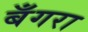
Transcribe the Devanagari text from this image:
बँगरा